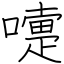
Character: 嚏